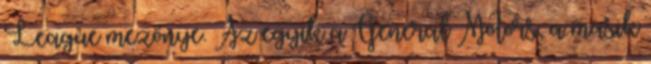
League mezőnye. Az egyik a General Motors, a másik